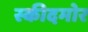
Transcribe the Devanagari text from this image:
स्कीदमोर